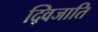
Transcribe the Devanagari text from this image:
द्विजाति